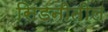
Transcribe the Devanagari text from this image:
सिडनीतील